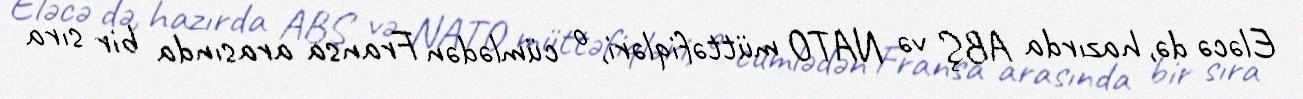
Eləcə də, hazırda ABŞ və NATO müttəfiqləri, o cümlədən Fransa arasında bir sıra